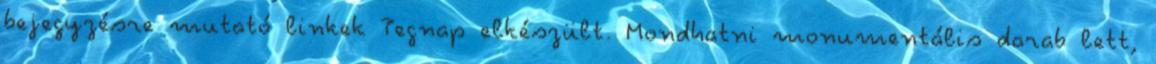
bejegyzésre mutató linkek Tegnap elkészült. Mondhatni monumentális darab lett,